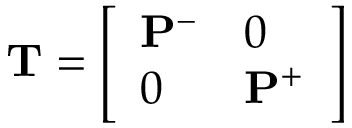
\mathbf { T } = \left[ \begin{array} { l l } { \mathbf { P } ^ { - } } & { 0 } \\ { 0 } & { \mathbf { P } ^ { + } } \end{array} \right]